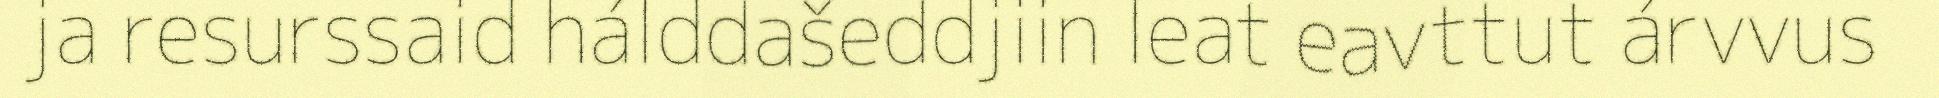
ja resurssaid hálddašeddjiin leat eavttut árvvus